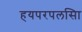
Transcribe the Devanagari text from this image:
हयपरपलसिा